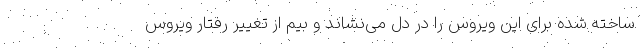
ساخته شده برای این ویروس را در دل می‌نشاند و بیم از تغییر رفتار ویروس